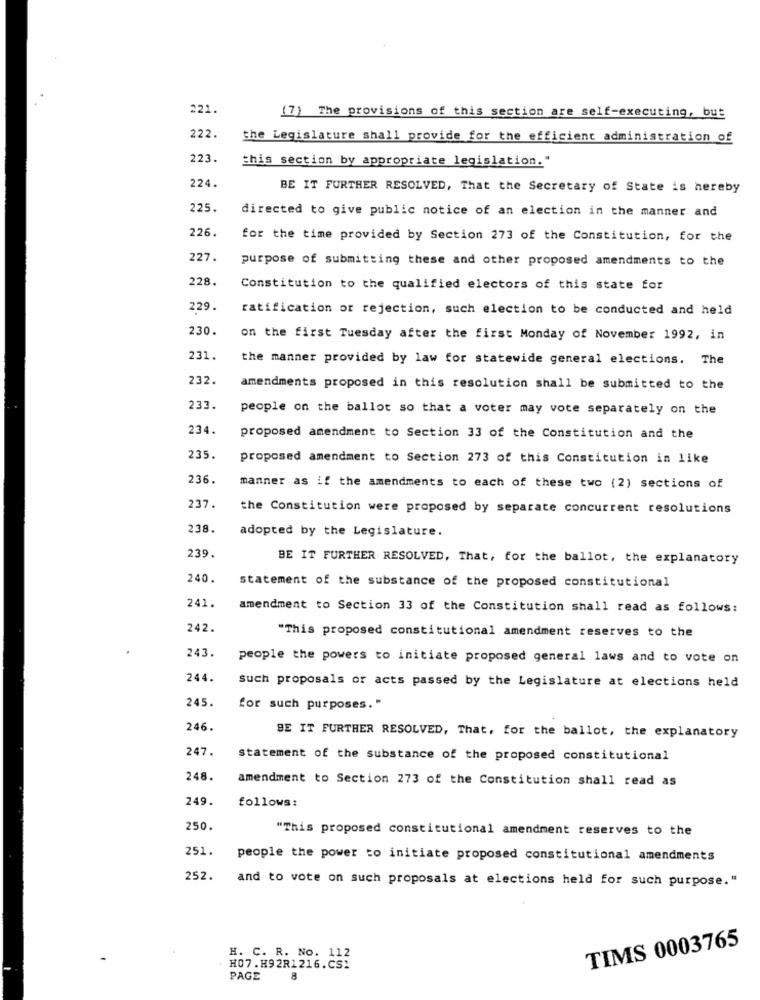
221.
(7) The provisions of this section are self-executing, but
222.
the Legislature shall provide for the efficient administration of
223.
this section by appropriate legislation."
224.
BE IT FURTHER RESOLVED, That the Secretary of State is hereby
225.
directed to give public notice of an election in the manner and
226.
for the time provided by Section 273 of the Constitution, for the
227.
purpose of submitting these and other proposed amendments to the
228.
Constitution to the qualified electors of this state for
229.
ratification or rejection, such election to be conducted and held
230.
on the first Tuesday after the first Monday of November 1992, in
231.
the manner provided by law for statewide general elections. The
232.
amendments proposed in this resolution shall be submitted to the
233.
people on the ballot so that a voter may vote separately on the
234.
proposed amendment to Section 33 of the Constitution and the
235.
proposed amendment to Section 273 of this Constitution in like
236.
manner as if the amendments to each of these two (2) sections of
237.
the Constitution were proposed by separate concurrent resolutions
238.
adopted by the Legislature.
239.
BE IT FURTHER RESOLVED, That, for the ballot, the explanatory
240.
statement of the substance of the proposed constitutional
241.
amendment to Section 33 of the Constitution shall read as follows:
242.
"This proposed constitutional amendment reserves to the
243.
people the powers to initiate proposed general laws and to vote on
244.
Such proposals or acts passed by the Legislature at elections held
245.
for such purposes."
246.
BE IT FURTHER RESOLVED, That, for the ballot, the explanatory
247.
statement of the substance of the proposed constitutional
248.
amendment to Section 273 of the Constitution shall read as
249.
follows:
250.
"This proposed constitutional amendment reserves to the
251.
people the power to initiate proposed constitutional amendments
252.
and to vote on such proposals at elections held for such purpose."
TIMS 0003765
H. C. R. NO.
H07.H92R1216.CS.
PAGE
8